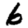
Digit: 6